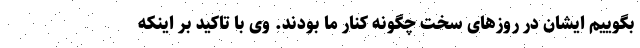
بگوییم ایشان در روزهای سخت چگونه کنار ما بودند. وی با تاکید بر اینکه